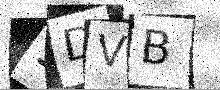
Text: 1DVB